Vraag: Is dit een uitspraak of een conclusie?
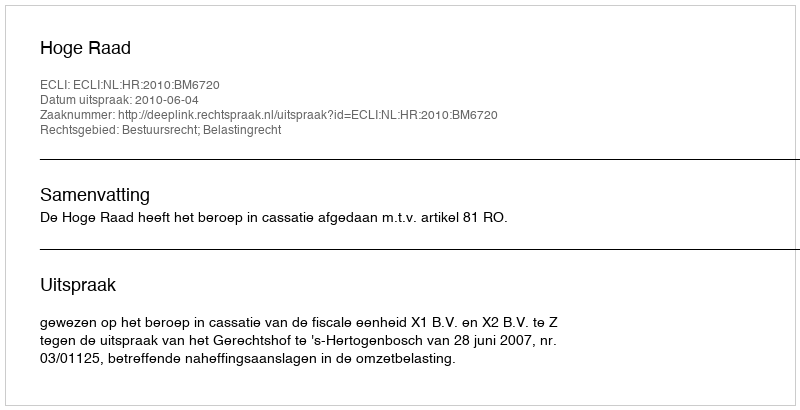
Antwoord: Uitspraak